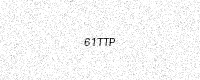
Text: 61TTP